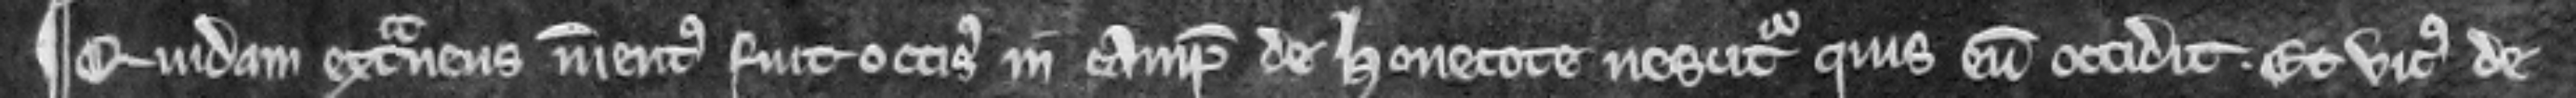
¶ Quidam extraneus inventus fuit occisus in campo de Honecote. Nescitur quis eum occidit. Et vicus de